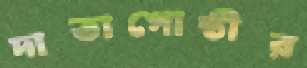
দাতাগোষ্ঠীর